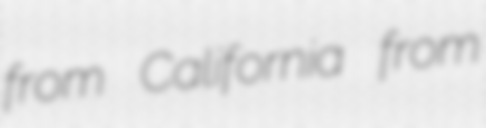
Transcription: from California from